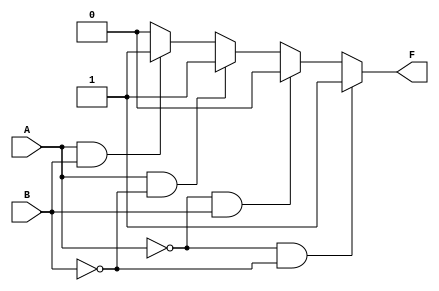
module two_variable_kmap (
    input wire A,   // Input A (1-bit)
    input wire B,   // Input B (1-bit)
    output wire F   // Output F (1-bit)
);

// Define the values for each minterm
parameter F0 = 1; // m0: A=0, B=0
parameter F1 = 0; // m1: A=0, B=1
parameter F2 = 1; // m2: A=1, B=0
parameter F3 = 1; // m3: A=1, B=1

// Assign the output F based on the K-map values
assign F = (A == 0 && B == 0) ? F0 :
           (A == 0 && B == 1) ? F1 :
           (A == 1 && B == 0) ? F2 :
           (A == 1 && B == 1) ? F3 : 1'b0; // Default case (should not occur)

endmodule